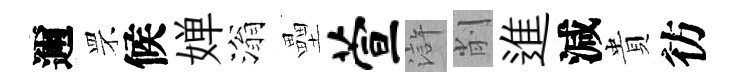
邇罘候婵滃壘萱滸削進減貴彷